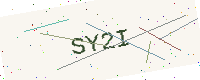
Text: SY2I